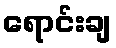
ရောင်းချ